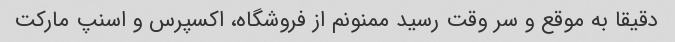
دقیقا به موقع و سر وقت رسید ممنونم از فروشگاه، اکسپرس و اسنپ مارکت